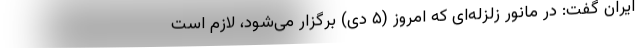
ایران گفت: در مانور زلزله‌ای که امروز (۵ دی) برگزار می‌شود، لازم است